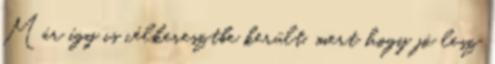
Már így is célkeresztbe került, mert hogy jó lesz